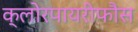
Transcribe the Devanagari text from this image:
क्लोरपायरीफौस